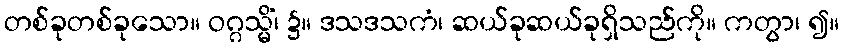
တစ်ခုတစ်ခုသော။ ဝဂ္ဂသ္မိံ၊ ၌။ ဒသဒသကံ၊ ဆယ်ခုဆယ်ခုရှိသည်ကို။ ကတွာ၊ ၍။